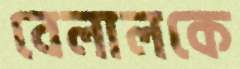
বেলালকে